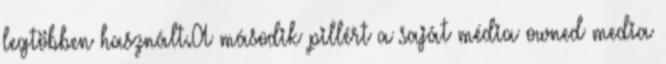
legtöbben használt.A második pillért a saját média owned media